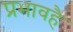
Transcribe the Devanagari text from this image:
प्रभावहै